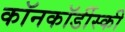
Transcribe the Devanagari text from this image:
कॉनकॉर्डीस्की